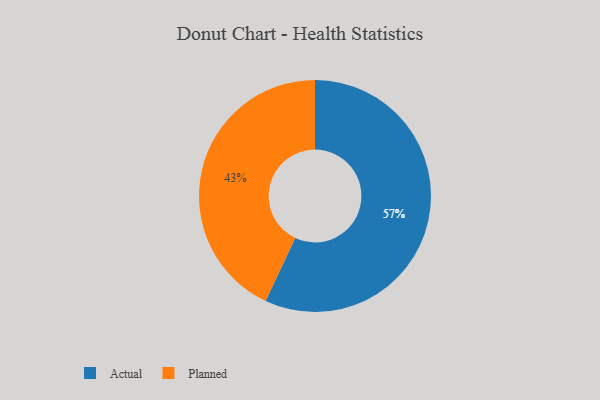
{"axis": {"x": "Category", "y": "Percentage"}, "legend": ["Actual", "Planned"], "data": [{"x": "Planned", "y": 43, "type": "Planned"}, {"x": "Actual", "y": 57, "type": "Actual"}]}